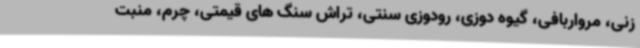
زنی، مرواربافی، گیوه دوزی، رودوزی سنتی، تراش سنگ های قیمتی، چرم، منبت